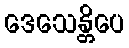
ဒေသေန္တိပေ